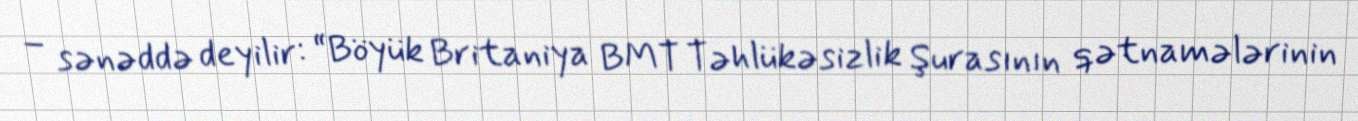
– sənəddə deyilir: “Böyük Britaniya BMT Təhlükəsizlik Şurasının qətnamələrinin